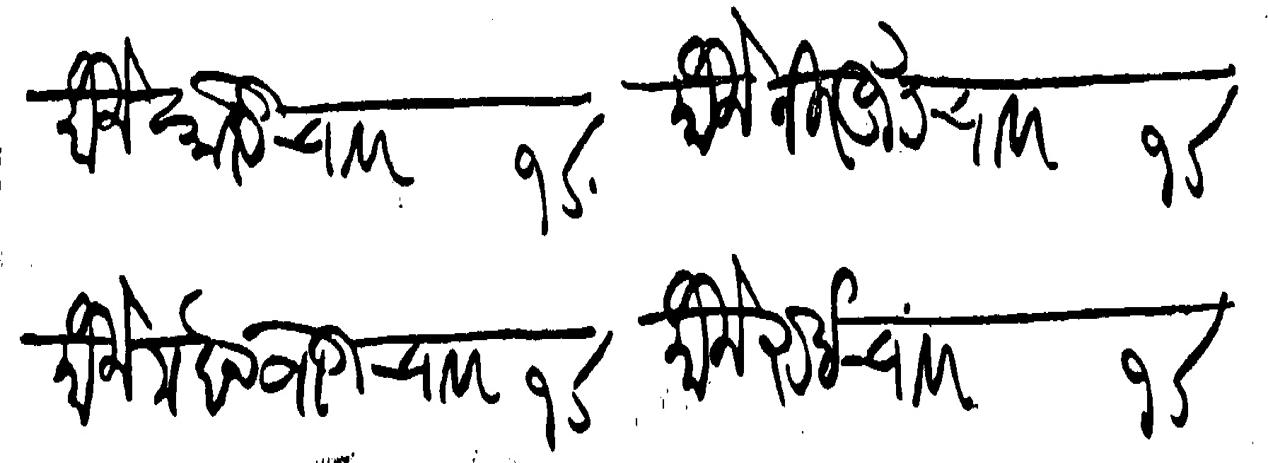
Transliteration (Devanagari): मौजे कोरटी चावर १σ मौजे निरगुड चावर १σ मौजे मदनवाडी चावर १σ मौजे रुई चावर १σ